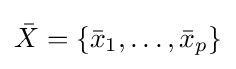
{\bar {X}}=\{{\bar {x}}_{1},\dots ,{\bar {x}}_{p}\}